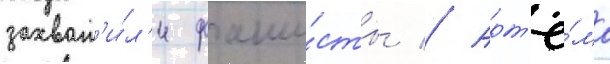
захват'и́л'и фаши́сты // Арт'ё́ма